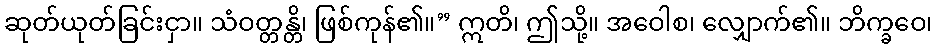
ဆုတ်ယုတ်ခြင်းငှာ။ သံဝတ္တန္တိ၊ ဖြစ်ကုန်၏။” ဣတိ၊ ဤသို့။ အဝေါစ၊ လျှောက်၏။ ဘိက္ခဝေ၊